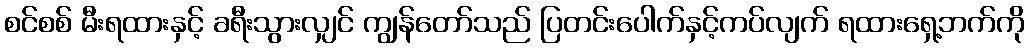
စင်စစ် မီးရထားနှင့် ခရီးသွားလျှင် ကျွန်တော်သည် ပြတင်းပေါက်နှင့်ကပ်လျက် ရထားရှေ့ဘက်ကို